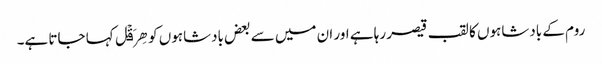
روم کے بادشاہوں کا لقب قیصر رہا ہے اور ان میں سے بعض بادشاہوں کو ھِرَقۡل کہا جاتا ہے۔